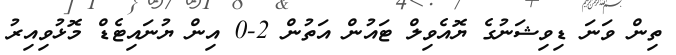
ތިން ވަނަ ޑިވިޝަނުގެ ޔޮއެވިލް ޓައުން އަތުން 2-0 އިން ޔުނައިޓެޑް މޮޅުވިއިރު